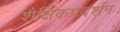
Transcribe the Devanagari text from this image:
शैक्षिकप्रदर्शन